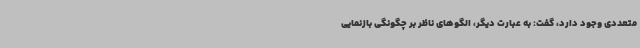
متعددی وجود دارد، گفت: به عبارت دیگر، الگوهای ناظر بر چگونگی بازنمایی